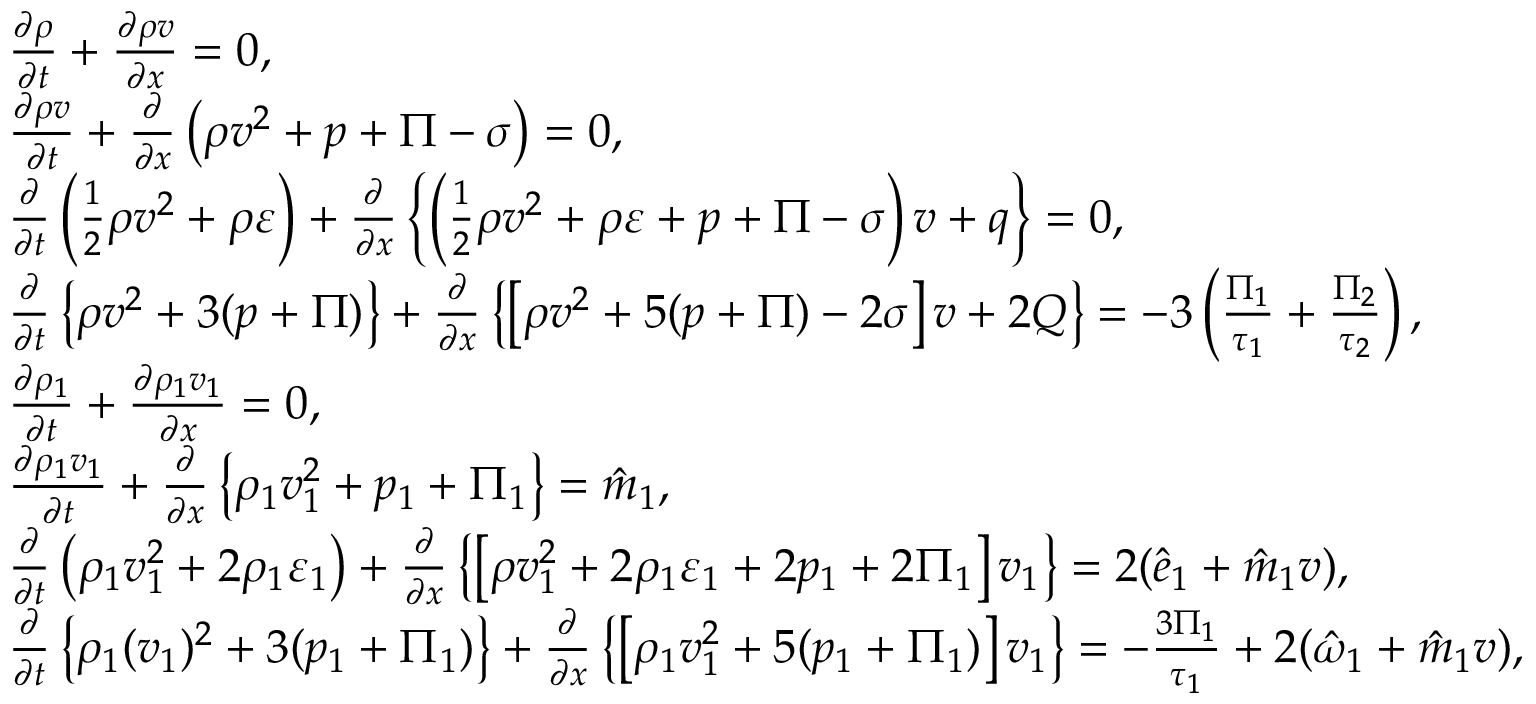
\begin{array} { r l } & { \frac { \partial \rho } { \partial t } + \frac { \partial \rho v } { \partial x } = 0 , } \\ & { \frac { \partial \rho v } { \partial t } + \frac { \partial } { \partial x } \left( \rho v ^ { 2 } + p + \Pi - \sigma \right) = 0 , } \\ & { \frac { \partial } { \partial t } \left( \frac { 1 } { 2 } \rho v ^ { 2 } + \rho \varepsilon \right) + \frac { \partial } { \partial x } \left\{ \left( \frac { 1 } { 2 } \rho v ^ { 2 } + \rho \varepsilon + p + \Pi - \sigma \right) v + q \right\} = 0 , } \\ & { \frac { \partial } { \partial t } \left\{ \rho v ^ { 2 } + 3 ( p + \Pi ) \right\} + \frac { \partial } { \partial x } \left\{ \left[ \rho v ^ { 2 } + 5 ( p + \Pi ) - 2 \sigma \right] v + 2 Q \right\} = - 3 \left( \frac { \Pi _ { 1 } } { \tau _ { 1 } } + \frac { \Pi _ { 2 } } { \tau _ { 2 } } \right) , } \\ & { \frac { \partial \rho _ { 1 } } { \partial t } + \frac { \partial \rho _ { 1 } v _ { 1 } } { \partial x } = 0 , } \\ & { \frac { \partial \rho _ { 1 } v _ { 1 } } { \partial t } + \frac { \partial } { \partial x } \left\{ \rho _ { 1 } v _ { 1 } ^ { 2 } + p _ { 1 } + \Pi _ { 1 } \right\} = \hat { m } _ { 1 } , } \\ & { \frac { \partial } { \partial t } \left( \rho _ { 1 } v _ { 1 } ^ { 2 } + 2 \rho _ { 1 } \varepsilon _ { 1 } \right) + \frac { \partial } { \partial x } \left\{ \left[ \rho v _ { 1 } ^ { 2 } + 2 \rho _ { 1 } \varepsilon _ { 1 } + 2 p _ { 1 } + 2 \Pi _ { 1 } \right] v _ { 1 } \right\} = 2 ( \hat { e } _ { 1 } + \hat { m } _ { 1 } v ) , } \\ & { \frac { \partial } { \partial t } \left\{ \rho _ { 1 } ( v _ { 1 } ) ^ { 2 } + 3 ( p _ { 1 } + \Pi _ { 1 } ) \right\} + \frac { \partial } { \partial x } \left\{ \left[ \rho _ { 1 } v _ { 1 } ^ { 2 } + 5 ( p _ { 1 } + \Pi _ { 1 } ) \right] v _ { 1 } \right\} = - \frac { 3 \Pi _ { 1 } } { \tau _ { 1 } } + 2 ( \hat { \omega } _ { 1 } + \hat { m } _ { 1 } v ) , } \end{array}